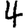
Digit: 4